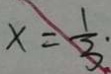
x = \frac { 1 } { 3 } .